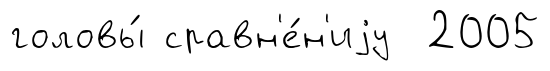
головы́ сравн'е́н'иjу 2005